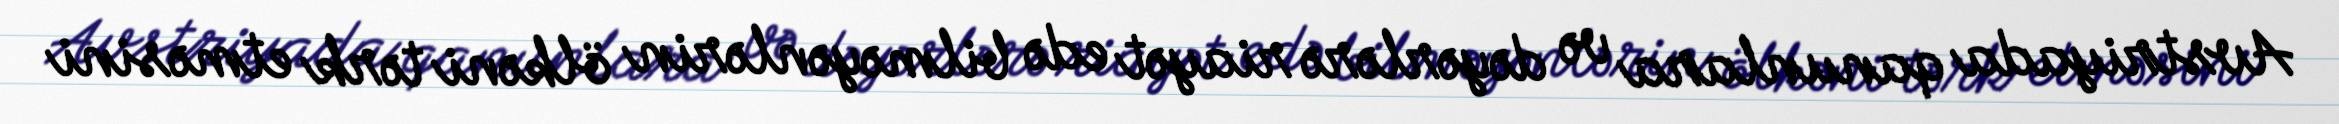
Avstriyada qanunlara və dəyərlərə riayət edə bilməyənlərin ölkəni tərk etməsini